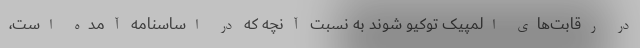
در رقابت‌های المپیک توکیو شوند به نسبت آنچه که در اساسنامه آمده است،